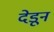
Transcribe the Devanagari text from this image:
देडून